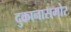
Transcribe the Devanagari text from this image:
दुकानासमोर